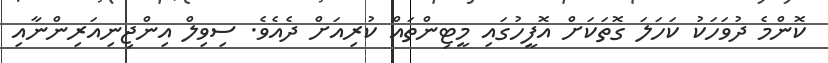
ކޮންމެ ދުވަހަކު ކަހަލަ ގޮތަކަށް އޮފީހުގައި މީޓިންތައް ކުރިއަށް ދެއެވެ. ސިވިލް އިންޖިނިއަރިންނާއި